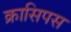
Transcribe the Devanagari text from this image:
क्रासिपस